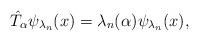
LaTeX: \begin{align*}\hat{T}_\alpha\psi_{\lambda_n}(x)=\lambda_n(\alpha)\psi_{\lambda_n}(x),\end{align*}